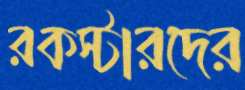
রকস্টারদের